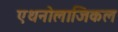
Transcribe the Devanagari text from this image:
एथनोलाजिकल